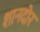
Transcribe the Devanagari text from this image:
शानदोर